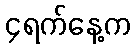
၄ရက်နေ့က